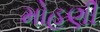
મોહણી